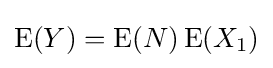
\operatorname {E} (Y)=\operatorname {E} (N)\operatorname {E} (X_{1})